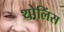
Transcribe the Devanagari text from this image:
थोलिंस